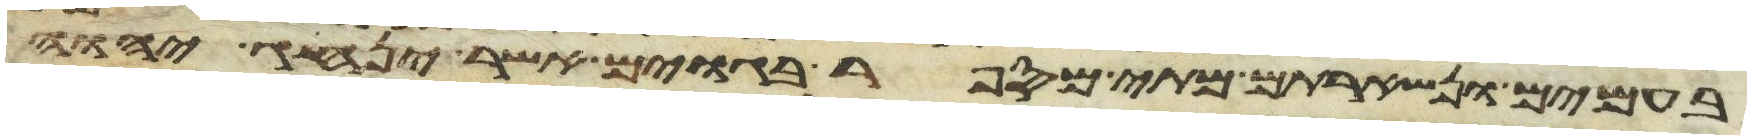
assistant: בעמים ונשארתם מתי מספר בגוים אשר ינהג יהוה